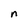
Character: n